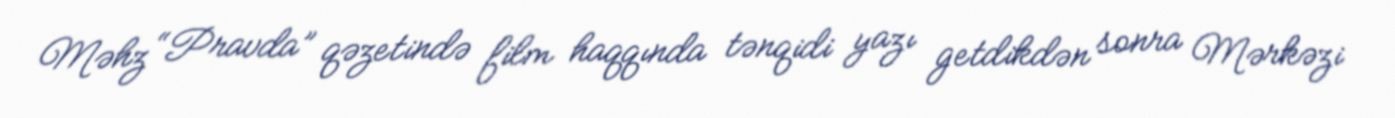
Məhz “Pravda” qəzetində film haqqında tənqidi yazı getdikdən sonra Mərkəzi